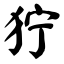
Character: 狞